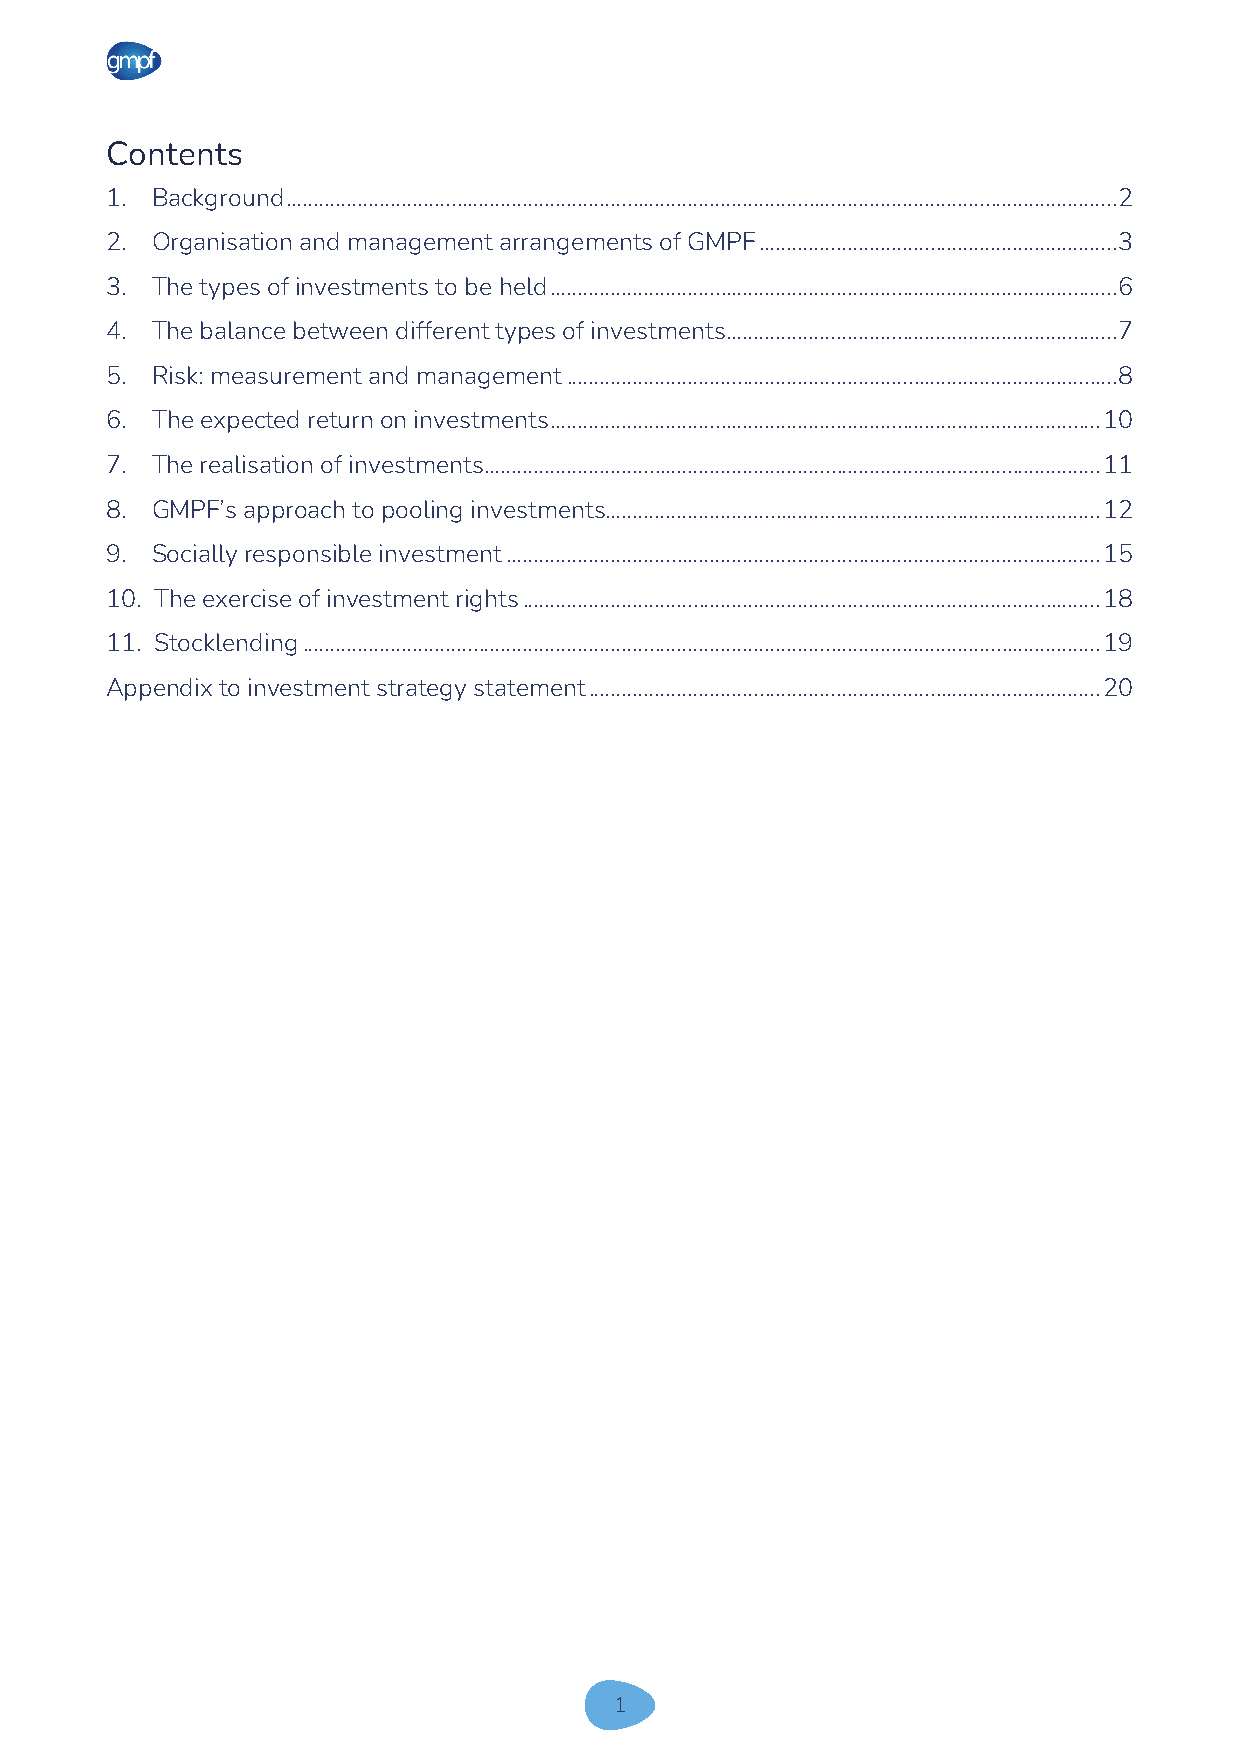
Contents
 1. Background ....................................................................................................................................................... 2
 2. Organisation and management arrangements of GMPF ................................................................. 3
 3. The types of investments to be held ....................................................................................................... 6
 4. The balance between different types of investments ....................................................................... 7
 5. Risk: measurement and management .................................................................................................... 8
 6. The expected return on investments .................................................................................................... 10
 7. The realisation of investments ................................................................................................................ 11
 8. GMPF’s approach to pooling investments.......................................................................................... 12
 9. Socially responsible investment ............................................................................................................ 15
 10. The exercise of investment rights ......................................................................................................... 18
 11. Stocklending ................................................................................................................................................. 19
 Appendix to investment strategy statement ............................................................................................. 20
 1